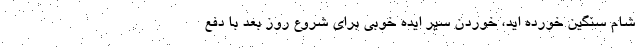
شام سنگین خورده اید، خوردن سیر ایده خوبی برای شروع روز بعد با دفع